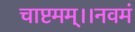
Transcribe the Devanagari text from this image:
चाष्टमम्।।नवमं